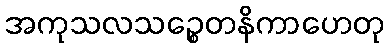
အကုသလသဉ္စေတနိကာဟေတု